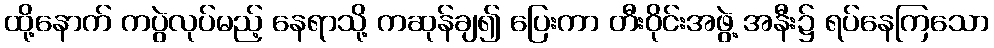
ထို့နောက် ကပွဲလုပ်မည့် နေရာသို့ ကဆုန်ချ၍ ပြေးကာ တီးဝိုင်းအဖွဲ့ အနီး၌ ရပ်နေကြသော